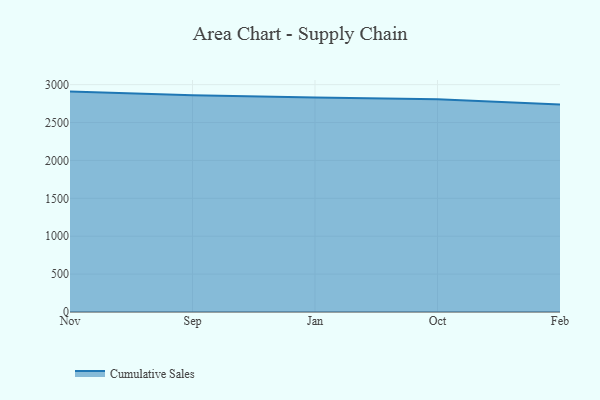
{"axis": {"x": "Month", "y": "Energy Usage (MWh)"}, "legend": ["Cumulative Sales"], "data": [{"x": "Nov", "y": 2908.3, "type": "Cumulative Sales"}, {"x": "Sep", "y": 2860.8, "type": "Cumulative Sales"}, {"x": "Jan", "y": 2831.5, "type": "Cumulative Sales"}, {"x": "Oct", "y": 2808.5, "type": "Cumulative Sales"}, {"x": "Feb", "y": 2737.7, "type": "Cumulative Sales"}]}